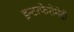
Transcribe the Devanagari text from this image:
इन्टरफेरोमेट्री